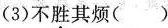
(3)不胜其烦( )